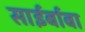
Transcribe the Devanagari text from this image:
साईर्बाबा